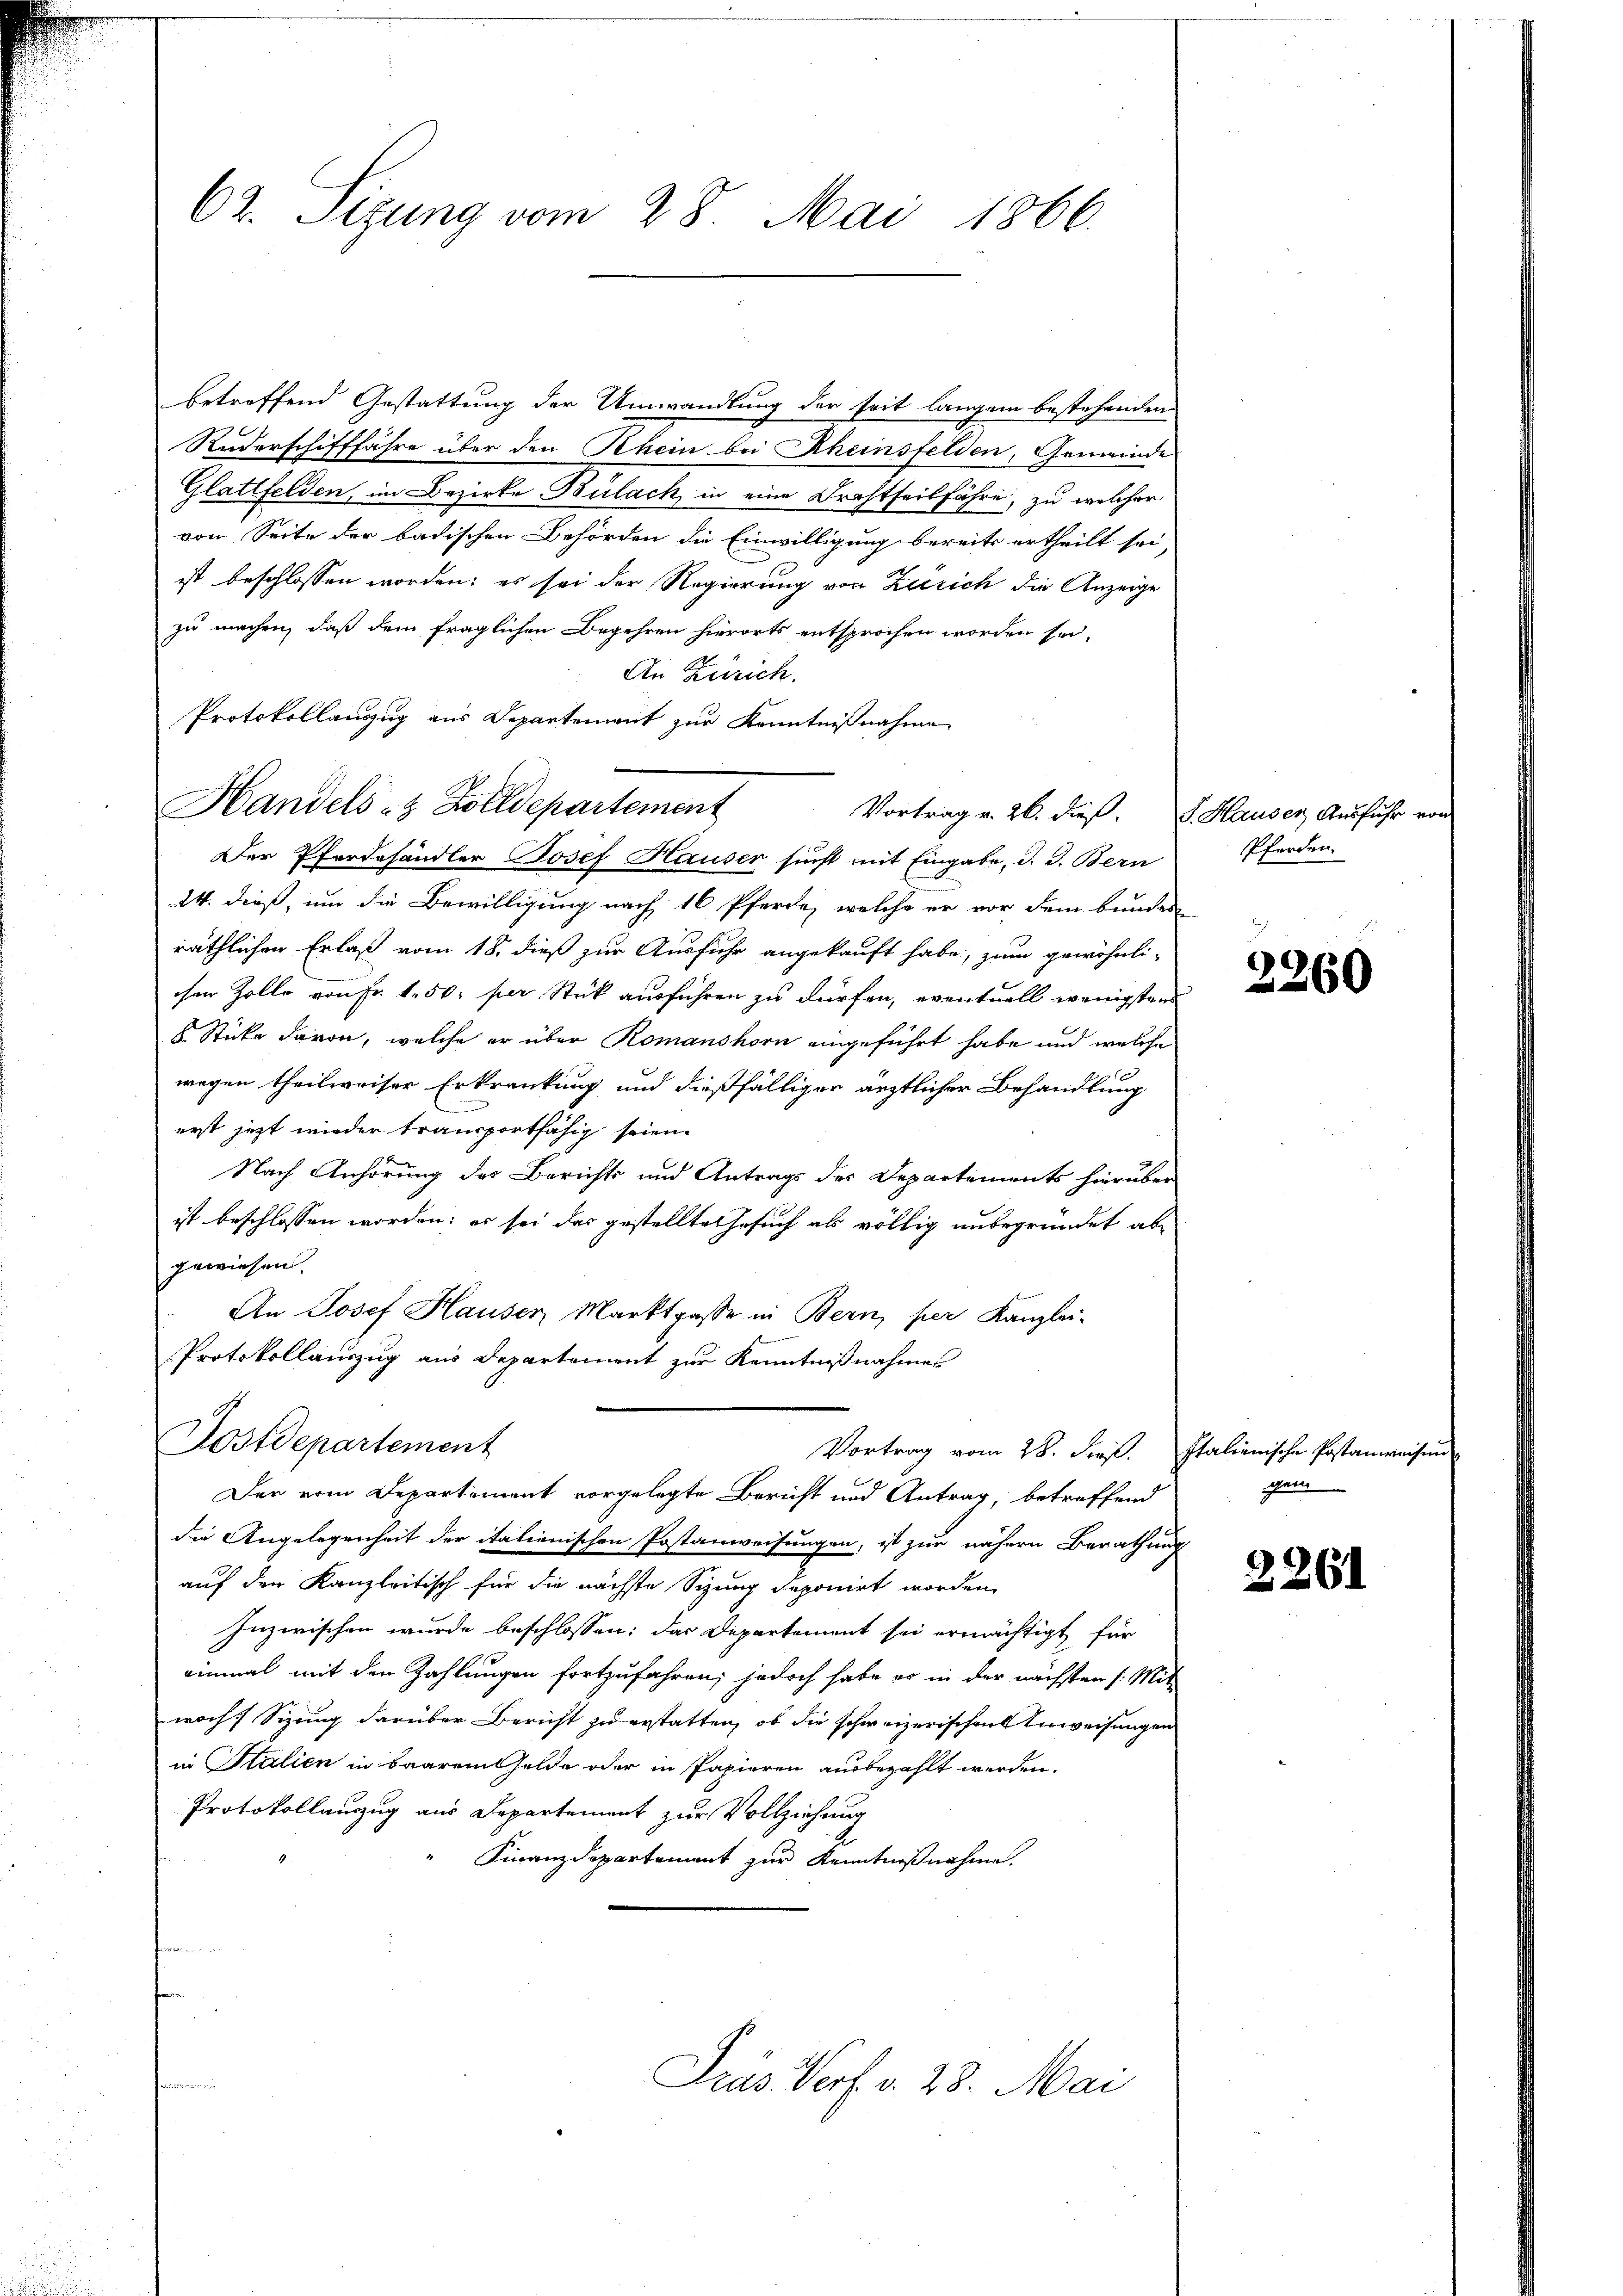
62. Sizung vom 28. Mai 1866.

betreffend Gestattung der Umwandlung der seit langem bestehenden
Ruderschifffahre über den Rhein bei Rheinsfelden, Gemeinde
Glattfelden, im Bezirke Bülach, in eine Drahtseitfähre, zu welcher
von Seite der badischen Behörden die Einwilligung bereits ertheilt sei
ist beschlossen worden; es sei der Regierung von Zürich die Anzeige
zu machen, daß dem fraglichen Begehren hierorts entsprochen worden sei,
An Zürich.
Protokollauszug aus Departement zur Kenntnißnahme
Handels- & Zolldepartement
Vortrag v. 26. dieß. F. Hauser Ausfuhr vor
Der Pferdehändler Josef Hauser sucht mit Eingabe, d. d. Bern
24. dieß, um die Bewilligung nach 16 Pferde, welche er vor dem bundes
räthlichen Erlaß vom 18. dieß zur Ausfuhr angekauft habe, zum gewöhnli-
chen Zolle von Fr. 1.50 per Stick ausführen zu dürfen, eventuell wenigstens
 Stücke davon, welche er über Romanshorn eingeführt habe und welche
wegen theilweiser Erkrankung und dießfälliger ärztlicher Behandlung
erst jetzt wieder transportfähig seien.
Nach Anhörung des Berichts und Antrags des Departements hierüber
ist beschlossen worden; es sei das gestellte Gesuch als völlig unbegründet ab
gewiesen.
An Josef Hauser, Marktgasse in Bern, per Kanzlei-
Protokollauszug aus Departement zur Kenntnißnahmes
Dostdepartement
Vortrag vom 28. dieß. Italienische Postanweisen
Der vom Departement vorgelegte Bericht und Antrag, betreffend
die Angelegenheit der italienischen Postanweisungen, ist zur nähern Berathung
auf den Kanzleitisch für die nächste Sizung deponirt worden.
Inzwischen wurde beschlossen: das Departement sei ermächtigt, für
einmal mit den Zahlungen fortzufahren; jedoch habe es in der nächsten /: Mit-
woch. Sizung darüber Bericht zu erstatten, ob die schweizerischen Anweisungen
in Stalien in Baaren Gelde oder in Papieren ausbezahlt werden.
Protokollauszug aus Departement zur Vollziehung
Finanzdepartement zur Kenntnißnahme.

Fras Verf. v. 28. Mai

Pferden.

3260

gen

2261